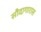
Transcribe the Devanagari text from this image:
सौदागारास